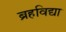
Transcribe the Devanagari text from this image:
ब्रहविद्या